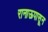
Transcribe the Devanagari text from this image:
रानाऊपासून